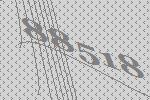
88518